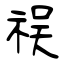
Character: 祦